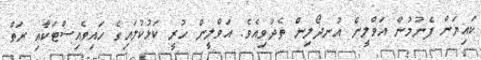
ކައިޔަން ފެނުމުން އަވްލީން އުނދޯލިން ތެދުވިއެވެ. އަވްލީން ހުރީ ކަޅުކުލައިގެ ހައިވެއިސްޓަކާއި ރަތް